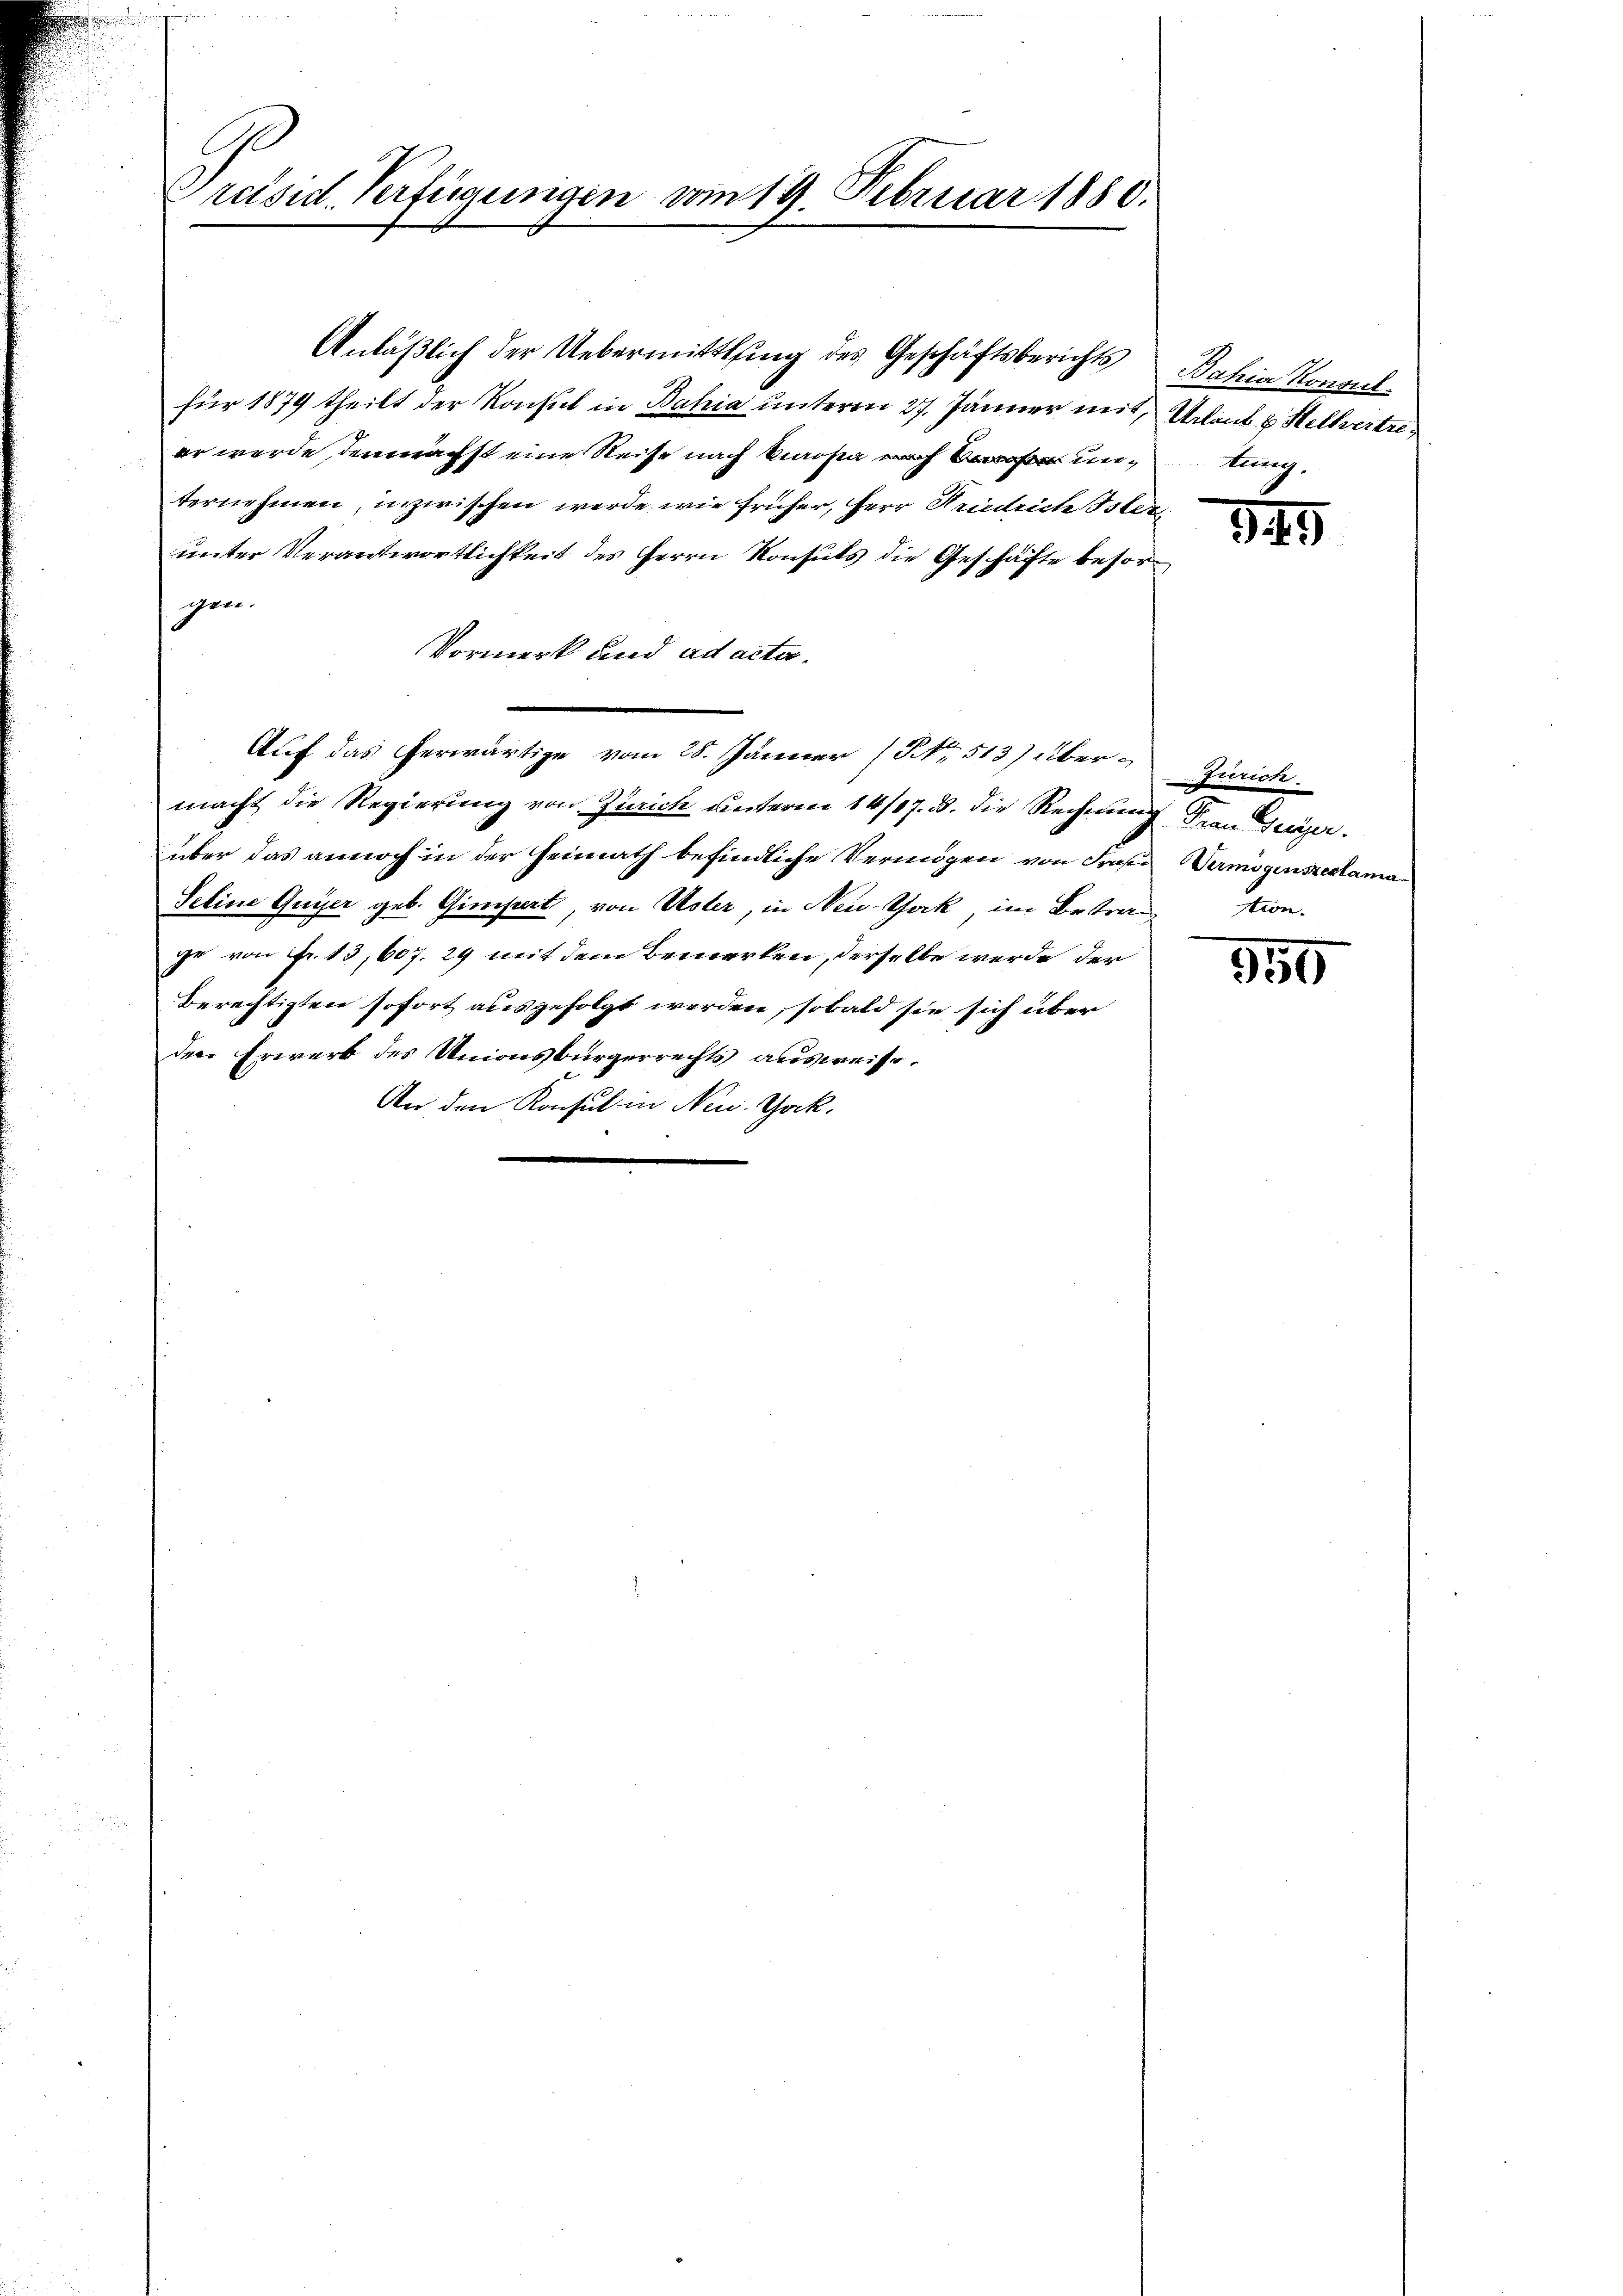
Preisid. Verfügungen vom 19. Februar 1880.

Anläßlich der Uebermittlung des Geschäftsberichts
für 1879 theilt der Konsul in Bahia unterm 27. Jänner mit Urlaut & Stellvertreer wurde, demnächst eine Reise nach Kaosa unternehmen, inzwischen werde, wie früher, Herr Friedrich Oster
unter Verantwortlichkeit des Herrn Konsuls die Geschäfte besorgen.
Vormerk und ad acta.
macht die Regierung von Zürich unterm 14/17. 3. die Rechnung Frau Gier
über das annoch in der Heimath befindliche Vermögen von Frasen Vermögenszeclaman
Seline Guyser geb. Gimpert von Uster, in New-York, im Betragtion.
ge von Fr. 13, 607. 29 mit dem Bemerken, derselbe werde der
Berechtigten sofort ausgefolgt werden, sobald sie sich über
den Erwerb des Unionsbürgerrechts ausweise.
An den Konsul in News. Jak.

Auf das herwärtige vom 28. Jänner (NNo. 513) über Zürich.

Bahia Konsul
tung.

349

550